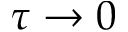
\tau \to 0